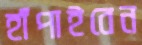
হাঁপাইবেন